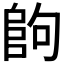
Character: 𱀉